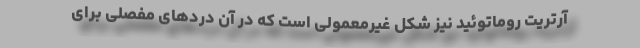
آرتریت روماتوئید نیز شکل غیرمعمولی است که در آن دردهای مفصلی برای